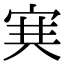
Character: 𡨄